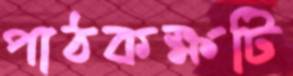
পাঠকক্ষটি